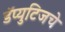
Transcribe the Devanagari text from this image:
डॅप्युटिजचे